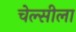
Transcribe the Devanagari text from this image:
चेल्सीला